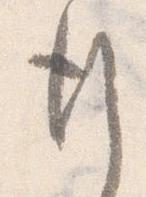
行